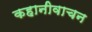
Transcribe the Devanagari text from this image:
कहानीवाचन